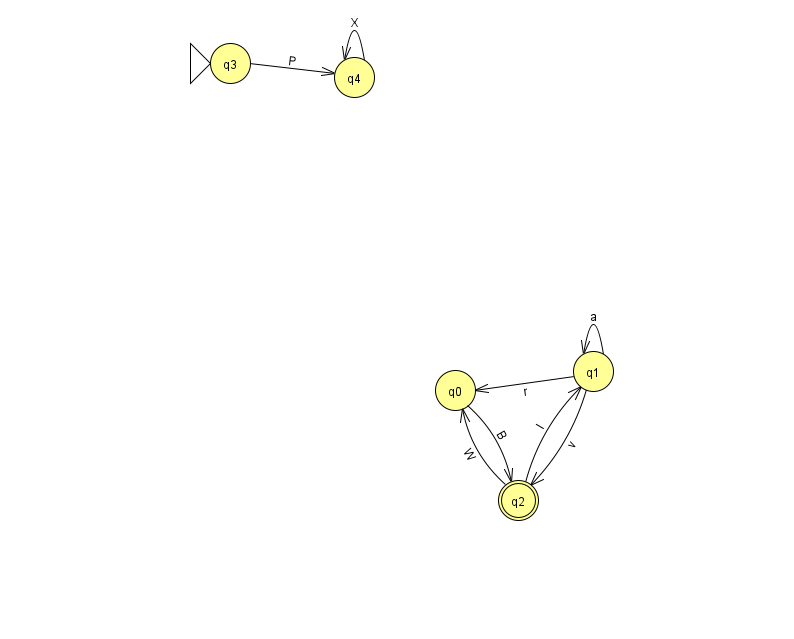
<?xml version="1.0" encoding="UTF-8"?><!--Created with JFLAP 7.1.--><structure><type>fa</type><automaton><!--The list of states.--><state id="0" name="q0"><x>455.0</x><y>377.0</y></state><state id="1" name="q1"><x>593.0</x><y>358.0</y></state><state id="2" name="q2"><x>518.0</x><y>487.0</y><final/></state><state id="3" name="q3"><x>230.0</x><y>50.0</y><initial/></state><state id="4" name="q4"><x>354.0</x><y>64.0</y></state><!--The list of transitions.--><transition><from>1</from><to>0</to><read>r</read></transition><transition><from>1</from><to>1</to><read>a</read></transition><transition><from>0</from><to>2</to><read>B</read></transition><transition><from>3</from><to>4</to><read>P</read></transition><transition><from>1</from><to>2</to><read>v</read></transition><transition><from>2</from><to>0</to><read>W</read></transition><transition><from>4</from><to>4</to><read>X</read></transition><transition><from>2</from><to>1</to><read>I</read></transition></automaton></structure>